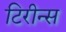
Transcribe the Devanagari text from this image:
टिरीन्स